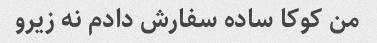
من کوکا ساده سفارش دادم نه زیرو